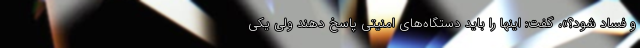
و فساد شود؟»، گفت: اینها را باید دستگاه‌های امنیتی پاسخ دهند ولی یکی